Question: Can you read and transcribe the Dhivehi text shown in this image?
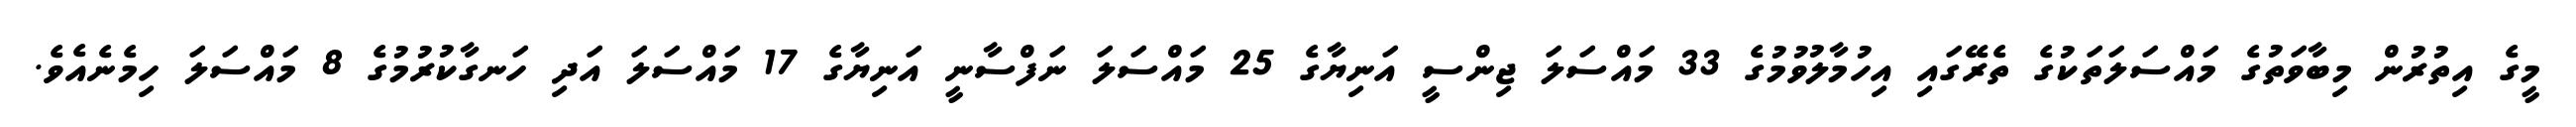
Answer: މީގެ އިތުރުން މިބާވަތުގެ މައްސަލަތަކުގެ ތެރޭގައި އިހުމާލުވުމުގެ 33 މައްސަލަ ޖިންސީ އަނިޔާގެ 25 މައްސަލަ ނަފްސާނީ އަނިޔާގެ 17 މައްސަލަ އަދި ހަނގާކުރުމުގެ 8 މައްސަލަ ހިމެނެއެވެ.